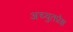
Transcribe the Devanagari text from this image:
अच्युतप्रेक्ष